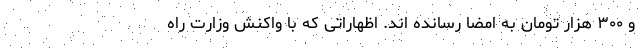
و ۳۰۰ هزار تومان به امضا رسانده اند. اظهاراتی که با واکنش وزارت راه